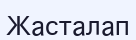
Жасталап